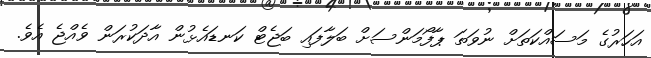
އަހަރުގެ މަސައްކަތަށް ނުވަތަ ޕާފޯމަންސަށް ބަލާފައި ބަޖެޓް ކަނޑައެޅުން އާދަކުރަން ވެއްޖެ އެވެ.